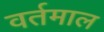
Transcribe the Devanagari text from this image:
वर्तमाल